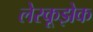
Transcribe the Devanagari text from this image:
लेस्कूझेक